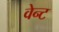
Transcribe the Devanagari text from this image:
वेन्ट